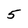
Character: 5